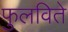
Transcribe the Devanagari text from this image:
फुलविते